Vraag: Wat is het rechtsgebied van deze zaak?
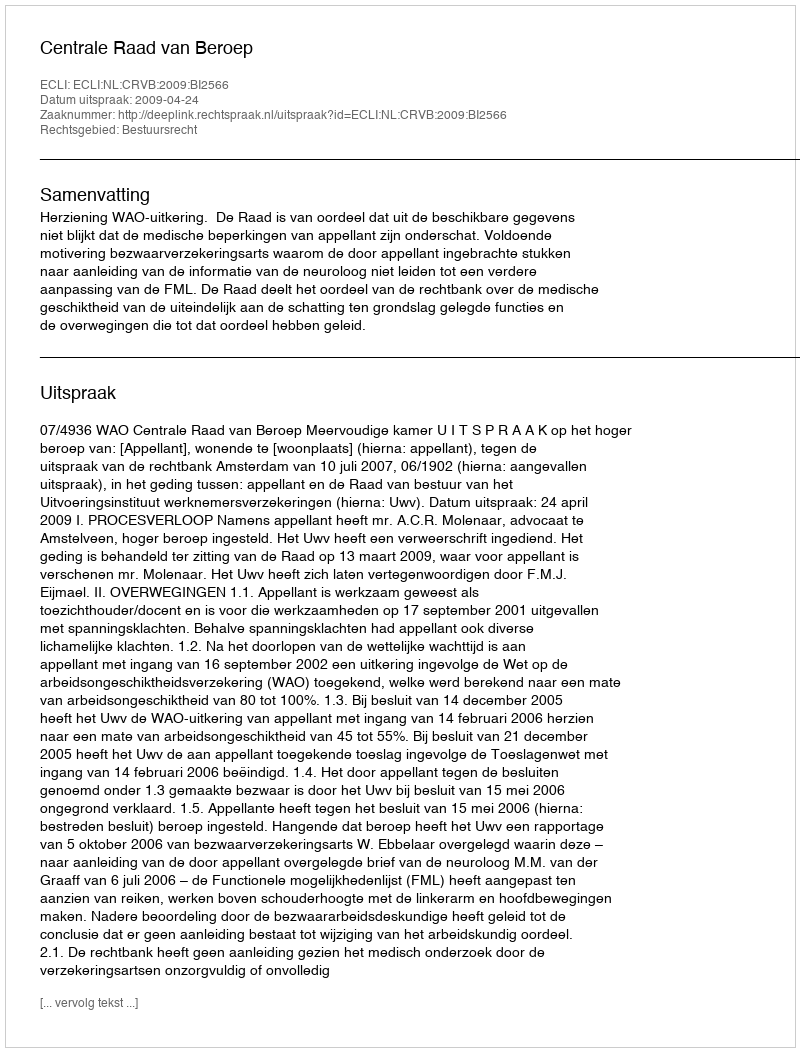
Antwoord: Bestuursrecht